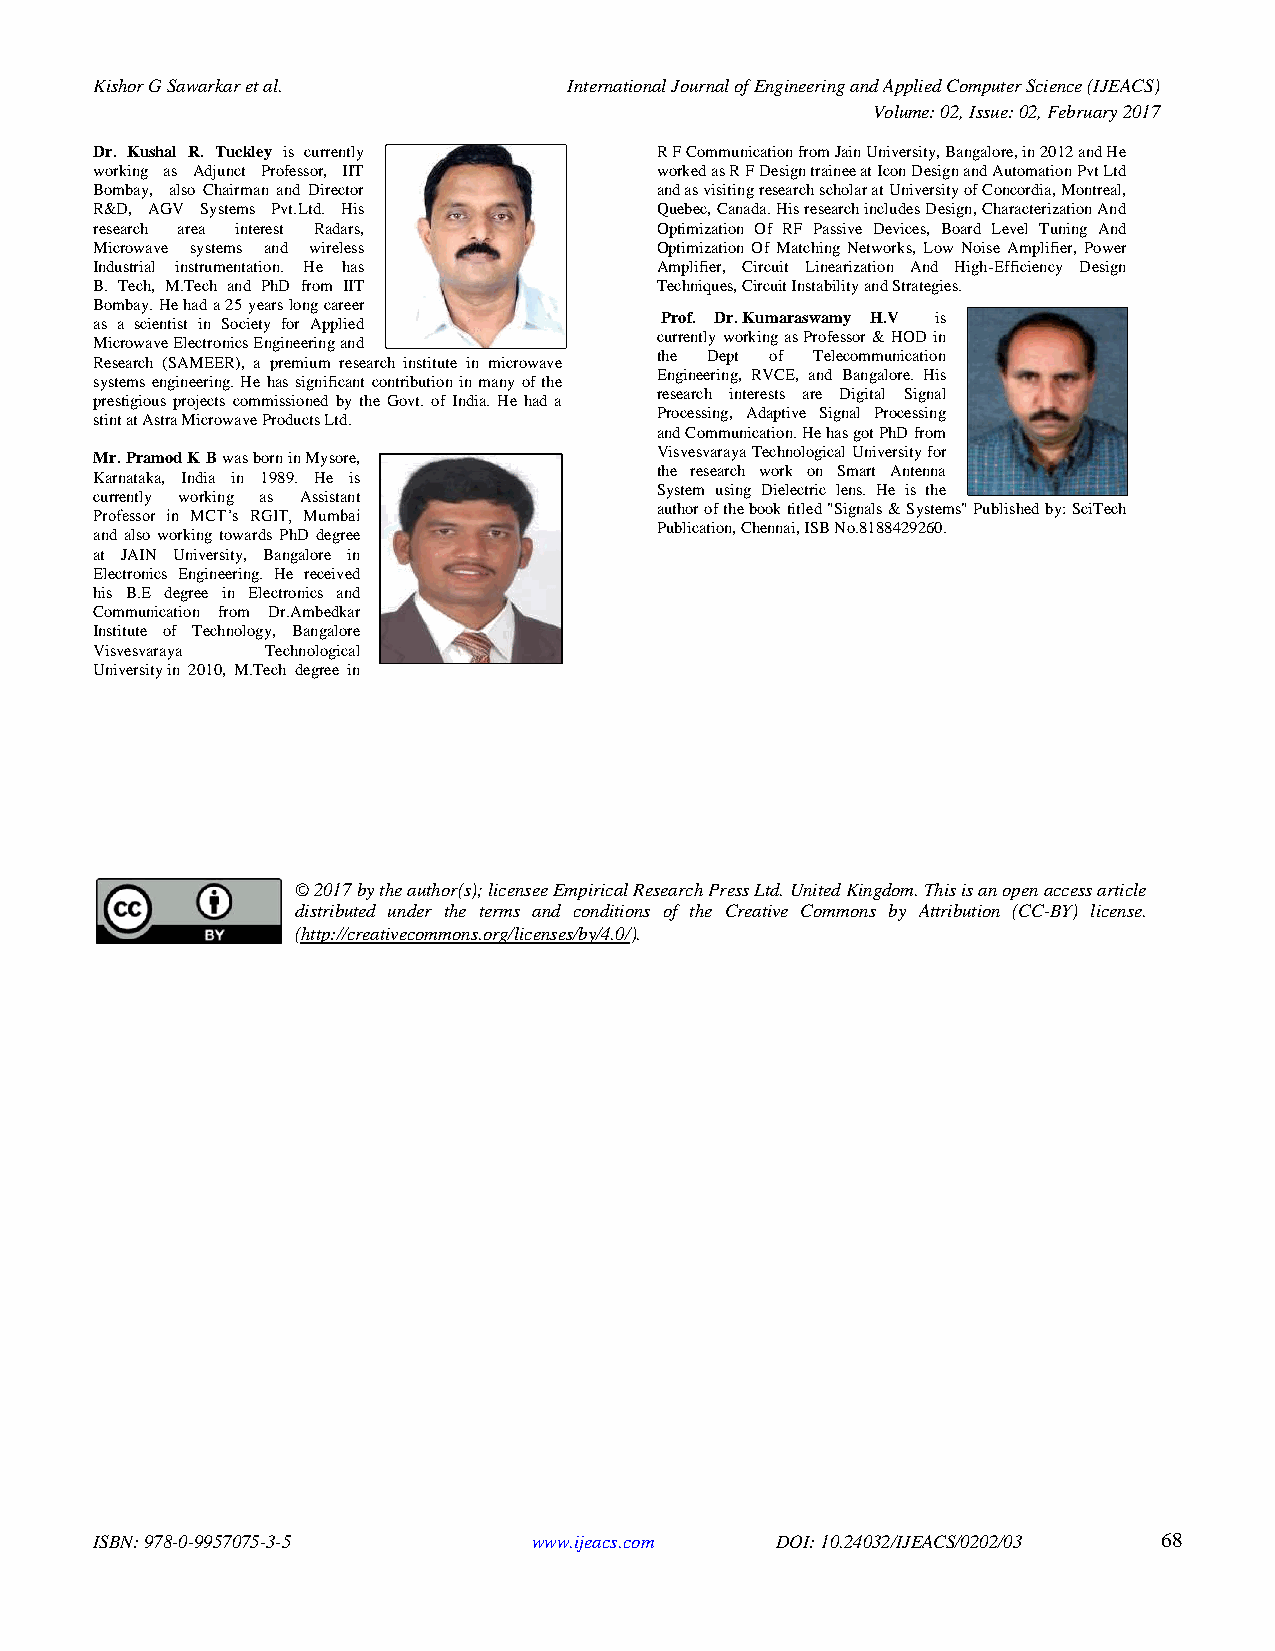
Kishor G Sawarkar et al.        International Journal of Engineering and Applied Computer Science (IJEACS)
 Volume: 02, Issue: 02, February 2017
 Dr. Kushal R. Tuckley is currently   R F Communication from Jain University, Bangalore, in 2012 and He
 working as Adjunct Professor, IIT    worked as R F Design trainee at Icon Design and Automation Pvt Ltd
 Bombay, also Chairman and Director   and as visiting research scholar at University of Concordia, Montreal,
 R&D, AGV Systems Pvt.Ltd. His        Quebec, Canada. His research includes Design, Characterization And
 research area interest Radars,       Optimization Of RF Passive Devices, Board Level Tuning And
 Microwave systems and wireless       Optimization Of Matching Networks, Low Noise Amplifier, Power
 Industrial instrumentation. He has   Amplifier, Circuit Linearization And High-Efficiency Design
 B. Tech, M.Tech and PhD from IIT     Techniques, Circuit Instability and Strategies.
 Bombay. He had a 25 years long career
 Prof. Dr. Kumaraswamy H.V is
 as a scientist in Society for Applied
 currently working as Professor & HOD in
 Microwave Electronics Engineering and
 the Dept of Telecommunication
 Research (SAMEER), a premium research institute in microwave
 Engineering, RVCE, and Bangalore. His
 systems engineering. He has significant contribution in many of the
 research interests are Digital Signal
 prestigious projects commissioned by the Govt. of India. He had a
 Processing, Adaptive Signal Processing
 stint at Astra Microwave Products Ltd.
 and Communication. He has got PhD from
 Visvesvaraya Technological University for
 Mr. Pramod K B was born in Mysore,
 the research work on Smart Antenna
 Karnataka, India in 1989. He is
 System using Dielectric lens. He is the
 currently working as Assistant
 author of the book titled "Signals & Systems" Published by: SciTech
 Professor in MCT’s RGIT, Mumbai
 Publication, Chennai, ISB No.8188429260.
 and also working towards PhD degree
 at JAIN University, Bangalore in
 Electronics Engineering. He received
 his B.E degree in Electronics and
 Communication from Dr.Ambedkar
 Institute of Technology, Bangalore
 Visvesvaraya Technological
 University in 2010, M.Tech degree in
 © 2017 by the author(s); licensee Empirical Research Press Ltd. United Kingdom. This is an open access article
 distributed under the terms and conditions of the Creative Commons by Attribution (CC-BY) license.
 (http://creativecommons.org/licenses/by/4.0/).
 ISBN: 978-0-9957075-3-5      www.ijeacs.com  DOI: 10.24032/IJEACS/0202/03 68